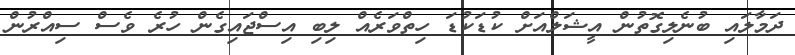
ދަމާލައި ބުނެލިގޮތުން އީޝަލްއަށް ކުޑަކުޑަ ހިތްވަރެއް ލިބި އިސްޖައިގެން ހުރެ ވެސް ސިއްރުން